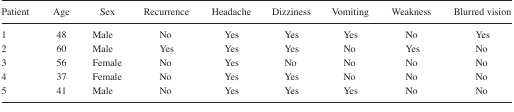
<table><thead><tr><td><b>Patient</b></td><td><b>Age</b></td><td><b>Sex</b></td><td><b>Recurrence</b></td><td><b>Headache</b></td><td><b>Dizziness</b></td><td><b>Vomiting</b></td><td><b>Weakness</b></td><td><b>Blurred vision</b></td></tr></thead><tbody><tr><td>1</td><td>48</td><td>Male</td><td>No</td><td>Yes</td><td>Yes</td><td>Yes</td><td>No</td><td>Yes</td></tr><tr><td>2</td><td>60</td><td>Male</td><td>Yes</td><td>Yes</td><td>Yes</td><td>No</td><td>Yes</td><td>No</td></tr><tr><td>3</td><td>56</td><td>Female</td><td>No</td><td>Yes</td><td>No</td><td>No</td><td>No</td><td>No</td></tr><tr><td>4</td><td>37</td><td>Female</td><td>No</td><td>Yes</td><td>Yes</td><td>No</td><td>No</td><td>No</td></tr><tr><td>5</td><td>41</td><td>Male</td><td>No</td><td>Yes</td><td>Yes</td><td>Yes</td><td>No</td><td>No</td></tr></tbody></table>